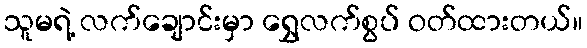
သူမရဲ့ လက်ချောင်းမှာ ရွှေလက်စွပ် ဝတ်ထားတယ်။